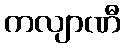
ကလျာဏီ